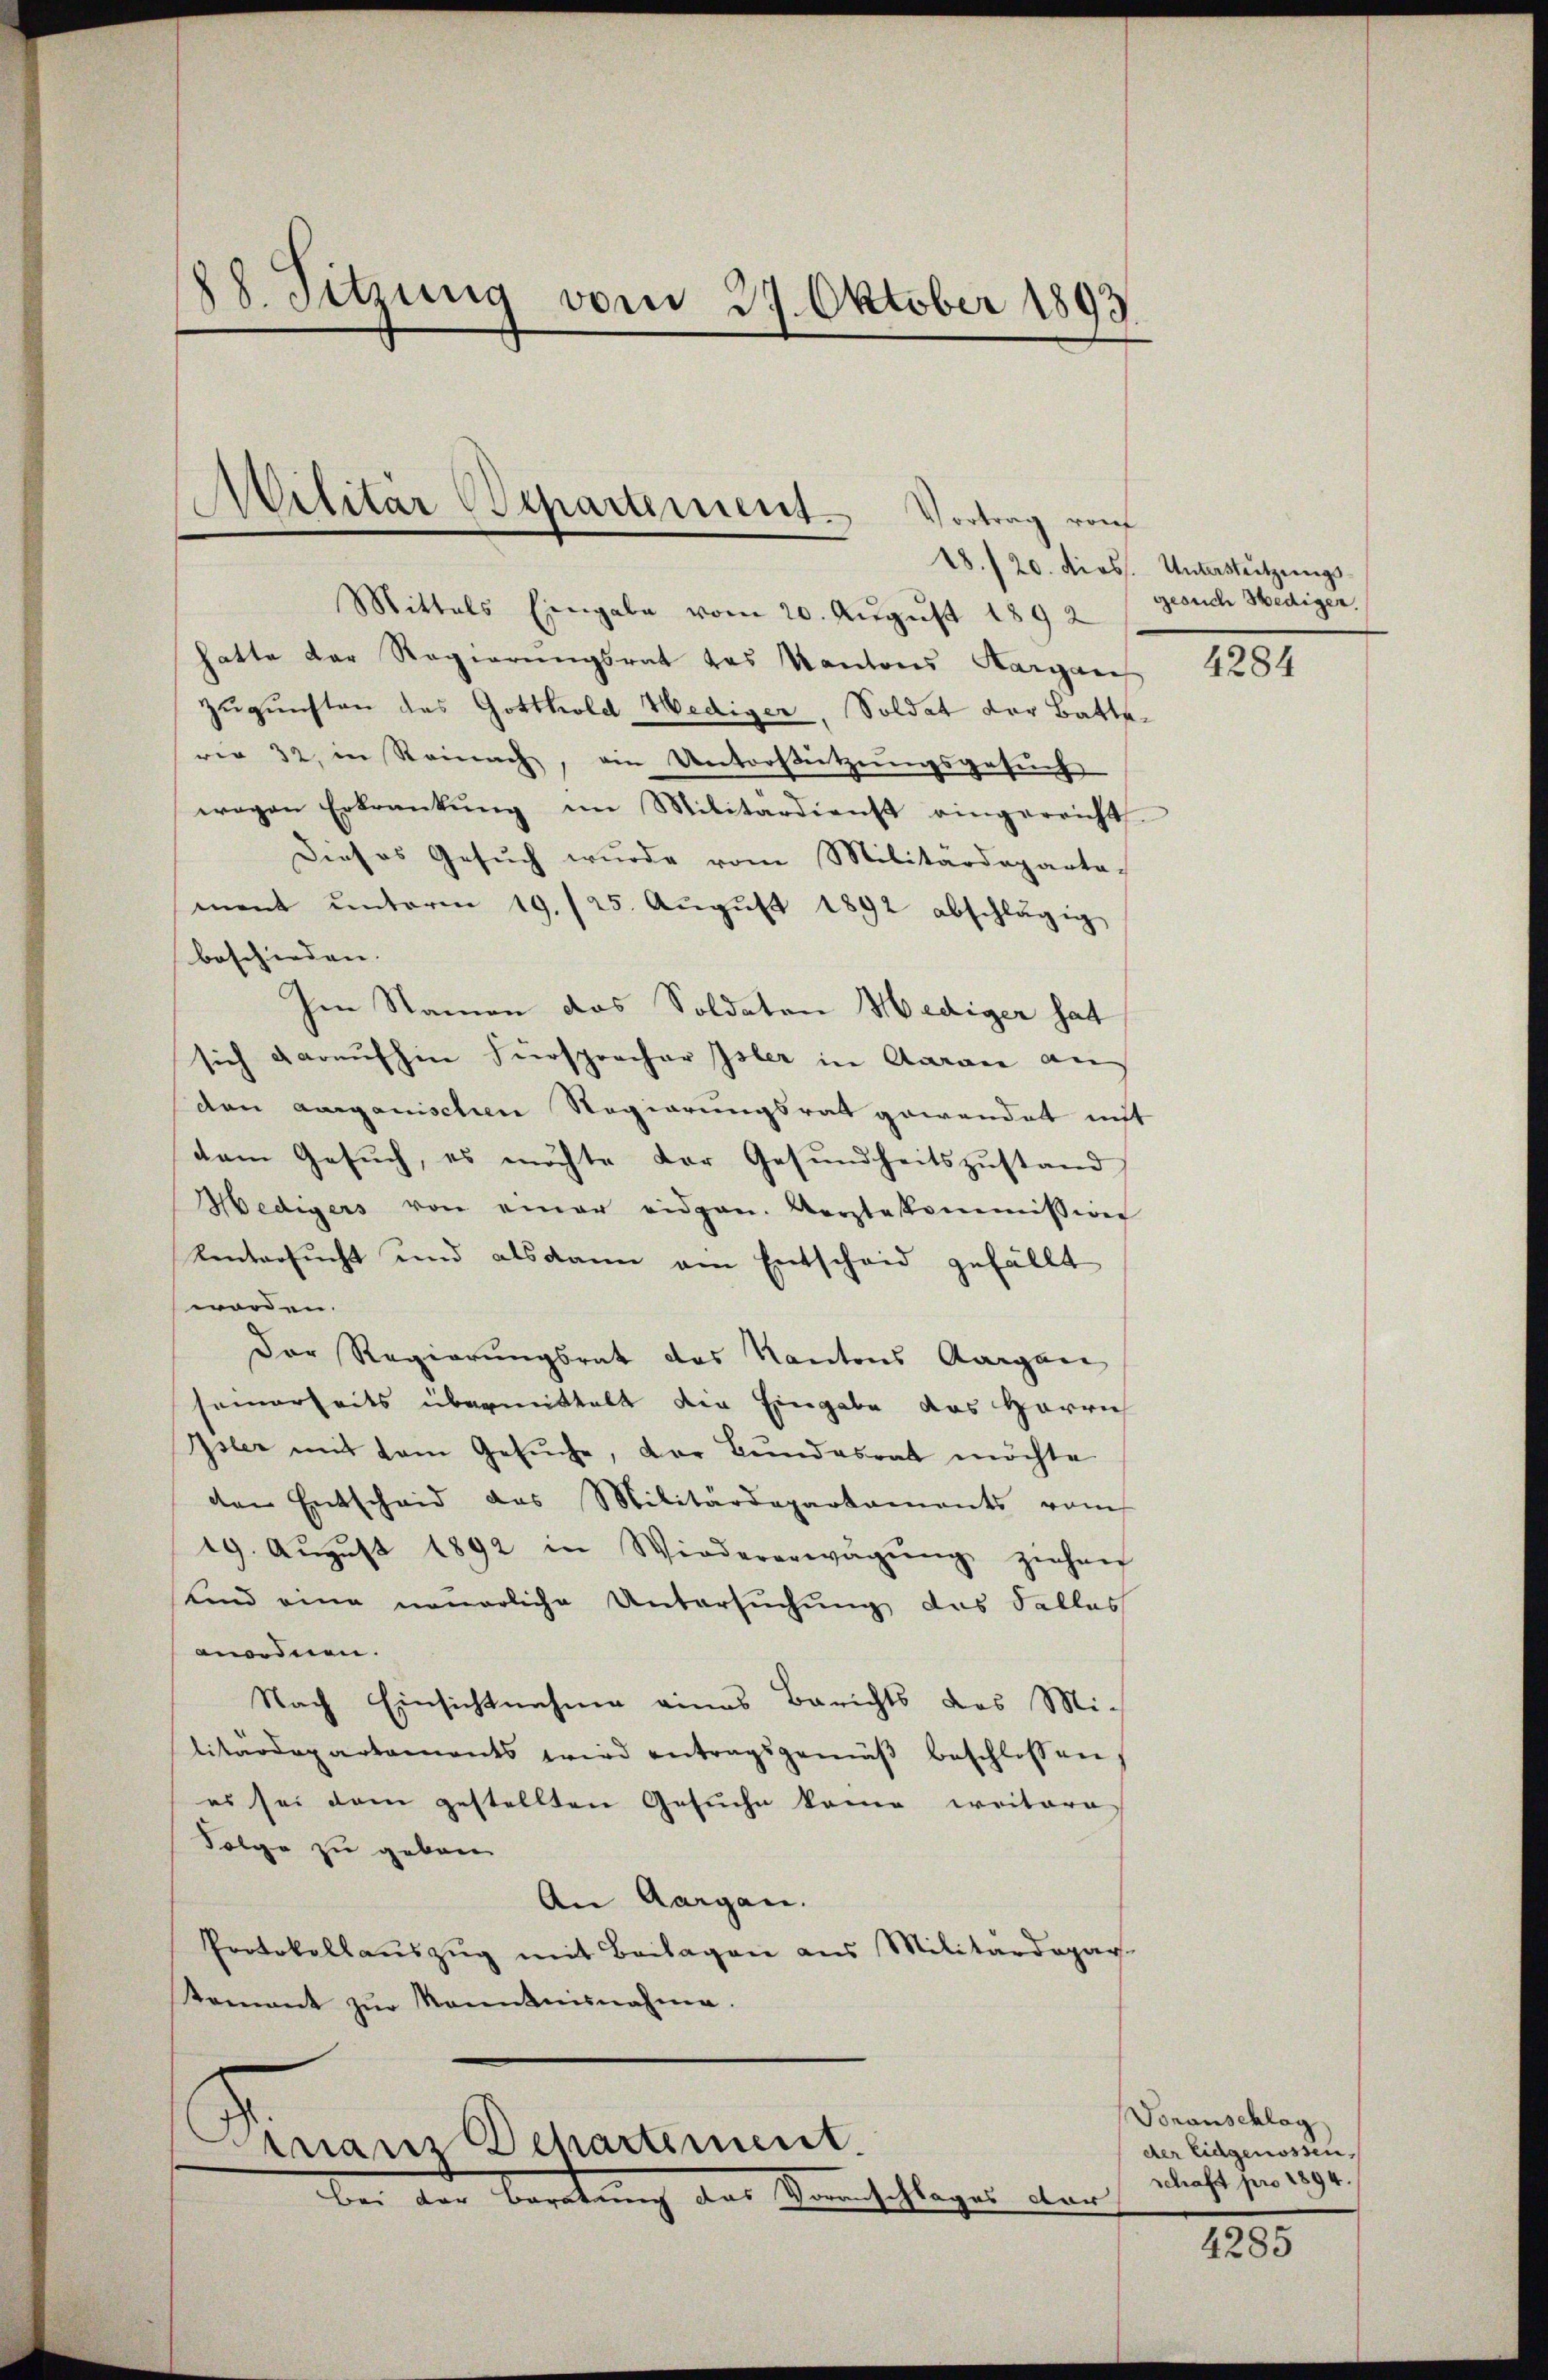
28. Sitzung vom 29. Oktober 1893.

Mittels Eingabe vom 20. August 1892
hatte der Regierungsrat das Kantons Aargare
Zugunsten des Gotthold Hediger, Soldat der Batte
rie 32, in Reinach, ein Unterstützungsgesŭch
wegen Erkrankŭng im Militärdienst eingereicht.
Dieses Gesŭch wurde vom Militärdeparta-
ment unterm 19. 125. Aŭgŭst 1892 abschlägig
beschieden. |
Im Namen das Soldaten Hediger hat
sich daraufhin Fürsprocher Isler in Aarau an
den aargauischen Regierungsrat gewendet nicht
dem Gesuch, es möchte der Gesundheitszustand
Hedigers von einer eidgen. Aerztekommission
Untersucht und alsdann am Entscheid gefällt
worden.
Der Regierungsrat das Kantons Aargau
seinerseits übermittelt die Eingabe das Herrn
Isler mit dem Gesŭche, der Bundesrat möchte
den Entscheid das Militärdepartaments vom
19. Aŭgŭst 1892 in Wiedererwägŭng ziehen
und eine neuerliche Untersuchung das Falles
anordnen.
Nach Einsichtnahme eines Berichts des Mi-
litärdepartaments wird antragsgemäβ beschlossen,
es sei dem gestellten Gesuche kome weitere
Folge zu geben.
An Aargau.
Protokollaŭszŭg mit Beilagen aus Militärdepar-
tomant zŭr Kenntnisnahme.

Militär Departement. Vortrag von

nanz Departement.
bei der Beratung des Menschlages dan

28./20. diess. Unterstützungs-
gesuch Hedigen.

4284

Voranschlag
der Eidgenossen,
schaft pro 1894.

4285